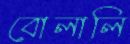
বোলালি